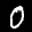
Label: 0